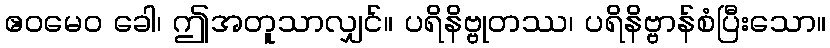
ဧဝမေဝ ခေါ၊ ဤအတူသာလျှင်။ ပရိနိဗ္ဗုတဿ၊ ပရိနိဗ္ဗာန်စံပြီးသော။